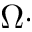
\Omega \cdot